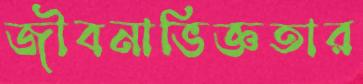
জীবনাভিজ্ঞতার